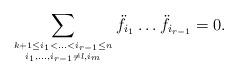
LaTeX: \begin{align*}\sum_{k+1\leq i_1<\ldots<i_{r-1}\leq n \atop i_1,\ldots,i_{r-1}\not=l,i_m}\ddot{f}_{i_1}\ldots\ddot{f}_{i_{r-1}}=0.\end{align*}